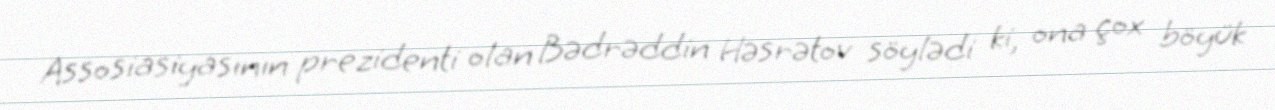
Assosiasiyasının prezidenti olan Bədrəddin Həsrətov söylədi ki, ona çox böyük